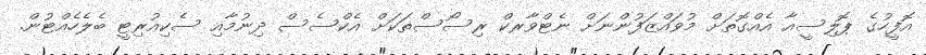
އޮފީހުގެ ޕޮލިސީއާ އެއްގޮތަށް މުވައްޒަފުންނަށް ނެޓްވާރކް ރިސޯސްތަކަށް އެކްސެސް ދިނުމާއި ސެކިއުރިޓީ ބެލެހެއްޓުން.